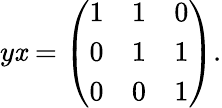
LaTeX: y\mathit{x}={\left(\begin{array}{lll}{1}&{1}&{0}\\ {0}&{1}&{1}\\ {0}&{0}&{1}\end{array}\right)}.